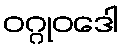
ဝဂ္ဂုဝဒေါ